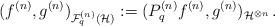
LaTeX: \begin{align*}( f^{(n)},g^{(n)})_{\mathcal{F}^{(n)}_q(\mathcal{H})}:=( P_q^{(n)} f^{(n)},g^{(n)})_{\mathcal{H}^{\otimes n}}\,.\end{align*}